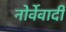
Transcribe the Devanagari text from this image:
नोर्वेवादी